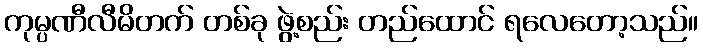
ကုမ္ပဏီလီမိတက် တစ်ခု ဖွဲ့စည်း တည်ထောင် ရလေတော့သည်။